Report on sanitation, dispensaries, and jails in Rajputana for 1909, and on vaccination for the year 1909-1910 - 1909-1910
Year: 1909
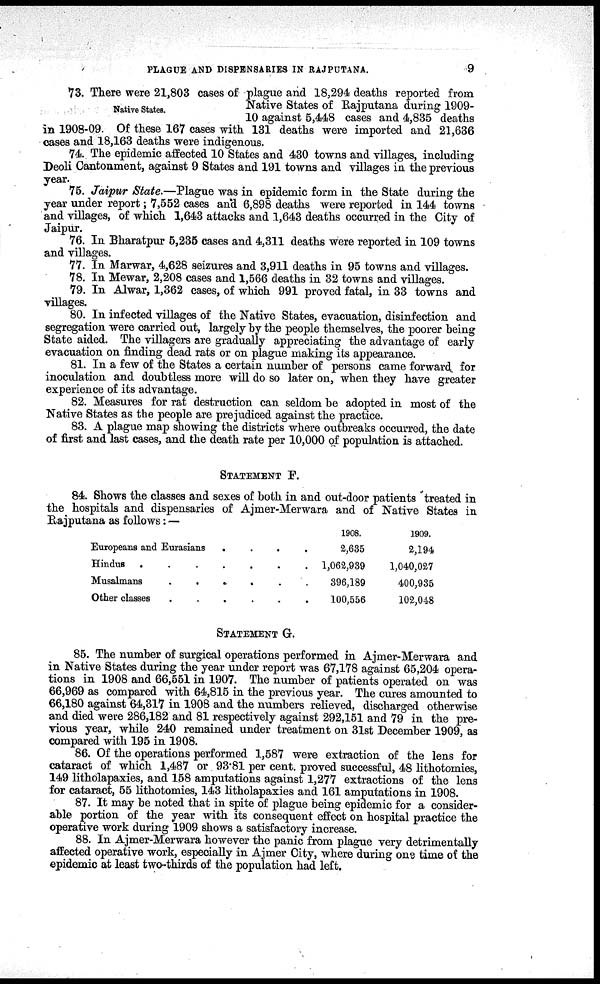
PLAGUE AND DISPENSARIES IN RAJPUTANA.
9
Native States.
73. There were 21,803 cases of plague and 18,294 deaths reported from
Native States of Rajputana during 1909-
10 against 5,448 cases and 4,835 deaths
in 1908-09. Of these 167 cases with 131 deaths were imported and 21,636
cases and 18,163 deaths were indigenous.
74. The epidemic affected 10 States and 430 towns and villages, including
Deoli Cantonment, against 9 States and 191 towns and villages in the previous
year.
75. Jaipur State.—Plague was in epidemic form in the State during the
year under report; 7,552 cases and 6,898 deaths were reported in 144 towns
and villages, of which 1,643 attacks and 1,643 deaths occurred in the City of
Jaipur.
76. In Bharatpur 5,235 cases and 4,311 deaths were reported in 109 towns
and villages.
77. In Marwar, 4,628 seizures and 3,911 deaths in 95 towns and villages.
78. In Mewar, 2,208 cases and 1,566 deaths in 32 towns and villages.
79. In Alwar, 1,362 cases, of which 991 proved fatal, in 33 towns and
villages.
80. In infected villages of the Native States, evacuation, disinfection and
segregation were carried out, largely by the people themselves, the poorer being
State aided. The villagers are gradually appreciating the advantage of early
evacuation on finding dead rats or on plague making its appearance.
81. In a few of the States a certain number of persons came forward for
inoculation and doubtless more will do so later on, when they have greater
experience of its advantage.
82. Measures for rat destruction can seldom be adopted in most of the
Native States as the people are prejudiced against the practice.
83. A plague map showing the districts where outbreaks occurred, the date
of first and last cases, and the death rate per 10,000 of population is attached.
STATEMENT F.
84. Shows the classes and sexes of both in and out-door patients treated in
the hospitals and dispensaries of Ajmer-Merwara and of Native States in
Raiputana as follows: —
Europeans and Eurasians
.
.
.
.
Hindus . . . . . . .
Musalmans
.
.
.
.
.
.
Other classess . . . . .
1908.
2,685
1,062,939
396,189
100,556
1909.
2,194
1,040,027
400,935
102,048
STATEMENT G.
85. The number of surgical operations performed in Ajmer-Merwara and
in Native States during the year under report was 67,178 against 65,204 opera-
tions in 1908 and 66,551 in 1907. The number of patients operated on was
66,969 as compared with 64,815 in the previous year. The cures amounted to
66,180 against 64,317 in 1908 and the numbers relieved, discharged otherwise
and died were 286,182 and 81 respectively against 292,151 and 79 in the pre-
vious year, while 240 remained under treatment on 31st December 1909, as
compared with 195 in 1908.
86. Of the operations performed 1,587 were extraction of the lens for
cataract of which 1,487 or 93.81 per cent. proved successful, 48 lithotomies,
149 litholapaxies, and 158 amputations against 1,277 extractions of the lens
for cataract, 55 lithotomies, 143 litholapaxies and 161 amputations in 1908.
87. It may be noted that in spite of plague being epidemic for a consider-
able portion of the year with its consequent effect on hospital practice the
operative work during 1909 shows a satisfactory increase.
88. In Ajmer-Merwara however the panic from plague very detrimentally
affected operative work, especially in Ajmer City, where during one time of the
epidemic at least two-thirds of the population had left.